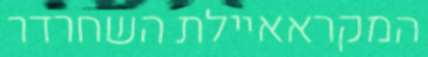
המקראאיילת השחרדר